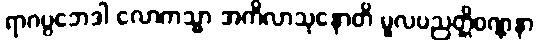
ရာဂပ္ပဘေဒါ လောကသ္မာ အကိလာသုနောတိ မူလပညတ္တိဝဏ္ဏနာ